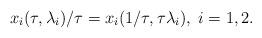
LaTeX: \begin{align*}x_i(\tau, \lambda_i)/\tau = x_i(1/\tau, \tau\lambda_i), \;i=1,2.\end{align*}